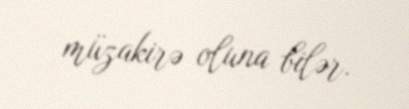
müzakirə oluna bilər.